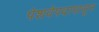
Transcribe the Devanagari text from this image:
पेशवेपदापासून